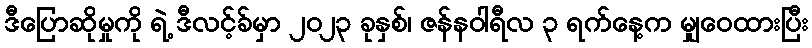
ဒီပြောဆိုမှုကို ရဲ့ ဒီလင့်ခ်မှာ ၂၀၂၃ ခုနှစ်၊ ဇန်နဝါရီလ ၃ ရက်နေ့က မျှဝေထားပြီး